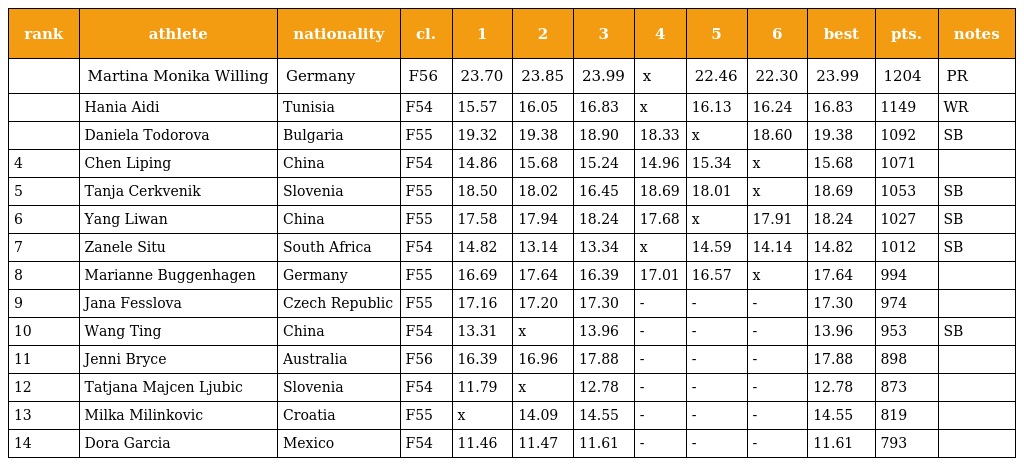
| rank | athlete | nationality | cl. | 1 | 2 | 3 | 4 | 5 | 6 | best | pts. | notes |
 | --- | --- | --- | --- | --- | --- | --- | --- | --- | --- | --- | --- | --- |
 |  | Martina Monika Willing | Germany | F56 | 23.70 | 23.85 | 23.99 | x | 22.46 | 22.30 | 23.99 | 1204 | PR |
 |  | Hania Aidi | Tunisia | F54 | 15.57 | 16.05 | 16.83 | x | 16.13 | 16.24 | 16.83 | 1149 | WR |
 |  | Daniela Todorova | Bulgaria | F55 | 19.32 | 19.38 | 18.90 | 18.33 | x | 18.60 | 19.38 | 1092 | SB |
 | 4 | Chen Liping | China | F54 | 14.86 | 15.68 | 15.24 | 14.96 | 15.34 | x | 15.68 | 1071 |  |
 | 5 | Tanja Cerkvenik | Slovenia | F55 | 18.50 | 18.02 | 16.45 | 18.69 | 18.01 | x | 18.69 | 1053 | SB |
 | 6 | Yang Liwan | China | F55 | 17.58 | 17.94 | 18.24 | 17.68 | x | 17.91 | 18.24 | 1027 | SB |
 | 7 | Zanele Situ | South Africa | F54 | 14.82 | 13.14 | 13.34 | x | 14.59 | 14.14 | 14.82 | 1012 | SB |
 | 8 | Marianne Buggenhagen | Germany | F55 | 16.69 | 17.64 | 16.39 | 17.01 | 16.57 | x | 17.64 | 994 |  |
 | 9 | Jana Fesslova | Czech Republic | F55 | 17.16 | 17.20 | 17.30 | - | - | - | 17.30 | 974 |  |
 | 10 | Wang Ting | China | F54 | 13.31 | x | 13.96 | - | - | - | 13.96 | 953 | SB |
 | 11 | Jenni Bryce | Australia | F56 | 16.39 | 16.96 | 17.88 | - | - | - | 17.88 | 898 |  |
 | 12 | Tatjana Majcen Ljubic | Slovenia | F54 | 11.79 | x | 12.78 | - | - | - | 12.78 | 873 |  |
 | 13 | Milka Milinkovic | Croatia | F55 | x | 14.09 | 14.55 | - | - | - | 14.55 | 819 |  |
 | 14 | Dora Garcia | Mexico | F54 | 11.46 | 11.47 | 11.61 | - | - | - | 11.61 | 793 |  |